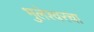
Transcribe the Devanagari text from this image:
भुलेश्वरचा